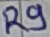
Text: R9